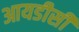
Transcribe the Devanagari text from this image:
आयडीसी